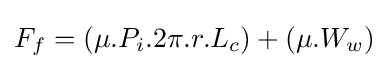
F_{f}=(\mu .P_{i}.2\pi .r.L_{c})+(\mu .W_{w})